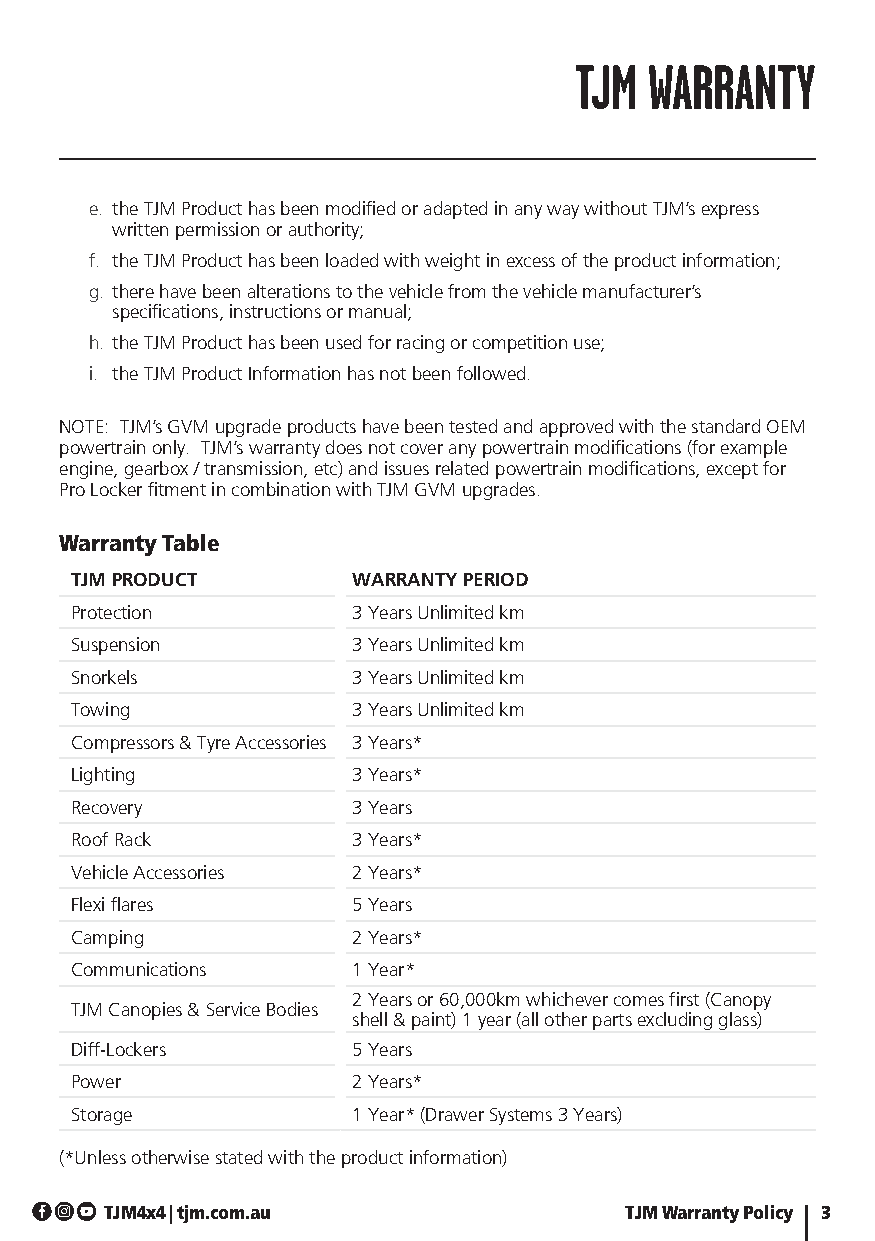
TJM  WARRANTY
 e. the TJM Product has been modified or adapted in any way without TJM’s express
 written permission or authority;
 f. the TJM Product has been loaded with weight in excess of the product information;
 g. there have been alterations to the vehicle from the vehicle manufacturer’s
 specifications, instructions or manual;
 h. the TJM Product has been used for racing or competition use;
 i. the TJM Product Information has not been followed.
 NOTE: TJM’s GVM upgrade products have been tested and approved with the standard OEM
 powertrain only. TJM’s warranty does not cover any powertrain modifications (for example
 engine, gearbox / transmission, etc) and issues related powertrain modifications, except for
 Pro Locker fitment in combination with TJM GVM upgrades.
 Warranty Table
 TJM PRODUCT       WARRANTY PERIOD
 Protection        3 Years Unlimited km
 Suspension        3 Years Unlimited km
 Snorkels          3 Years Unlimited km
 Towing            3 Years Unlimited km
 Compressors & Tyre Accessories 3 Years*
 Lighting          3 Years*
 Recovery          3 Years
 Roof Rack         3 Years*
 Vehicle Accessories 2 Years*
 Flexi flares      5 Years
 Camping           2 Years*
 Communications    1 Year*
 2 Years or 60,000km whichever comes first (Canopy
 TJM Canopies & Service Bodies
 shell & paint) 1 year (all other parts excluding glass)
 Diff-Lockers      5 Years
 Power             2 Years*
 Storage           1 Year* (Drawer Systems 3 Years)
 (*Unless otherwise stated with the product information)
 TJM4x4 | tjm.com.au               TJM Warranty Policy 3